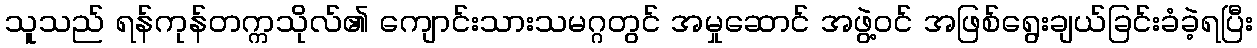
သူသည် ရန်ကုန်တက္ကသိုလ်၏ ကျောင်းသားသမဂ္ဂတွင် အမှုဆောင် အဖွဲ့ဝင် အဖြစ်ရွေးချယ်ခြင်းခံခဲ့ရပြီး